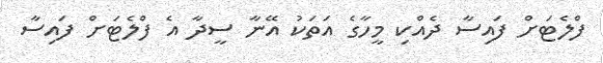
ފްލެޓަށް ފައިސާ ދެއްކި މީހާގެ އަތަކު އޭނާ ސީދާ އެ ފްލެޓަށް ފައިސާ